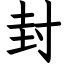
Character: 封